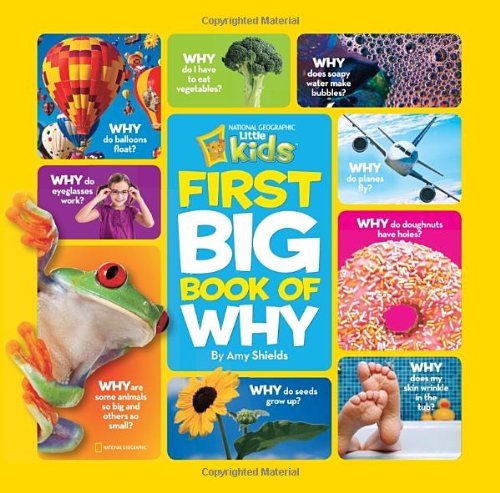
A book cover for National Geographic Little Kids First Big Book of Why (National Geographic Little Kids First Big Books); Amy Shields; Reference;